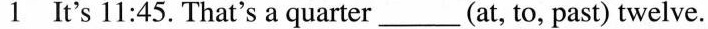
1 It's 11:45. That's a quarter___(at, to, past) twelve.